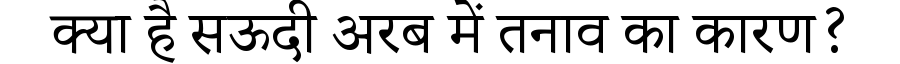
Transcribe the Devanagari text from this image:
क्या है सऊदी अरब में तनाव का कारण?